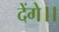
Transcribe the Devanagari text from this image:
देंगे।।